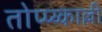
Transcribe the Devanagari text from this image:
तोप्प्य्काल्ली